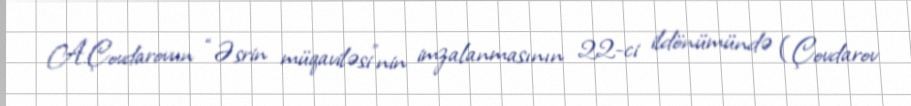
A.Çovdarovun “Əsrin müqaviləsi”nin imzalanmasının 22-ci ildönümündə (Çovdarov